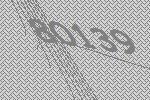
80139